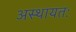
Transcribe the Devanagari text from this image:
अस्थायतः